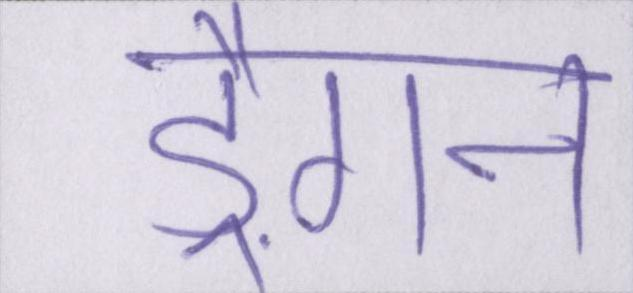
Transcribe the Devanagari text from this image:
ड्रैगन